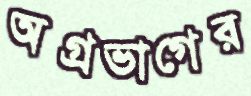
অগ্রভাগের